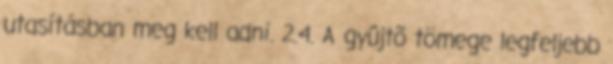
utasításban meg kell adni. 2.4. A gyûjtõ tömege legfeljebb